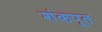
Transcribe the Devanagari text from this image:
शंकपूत